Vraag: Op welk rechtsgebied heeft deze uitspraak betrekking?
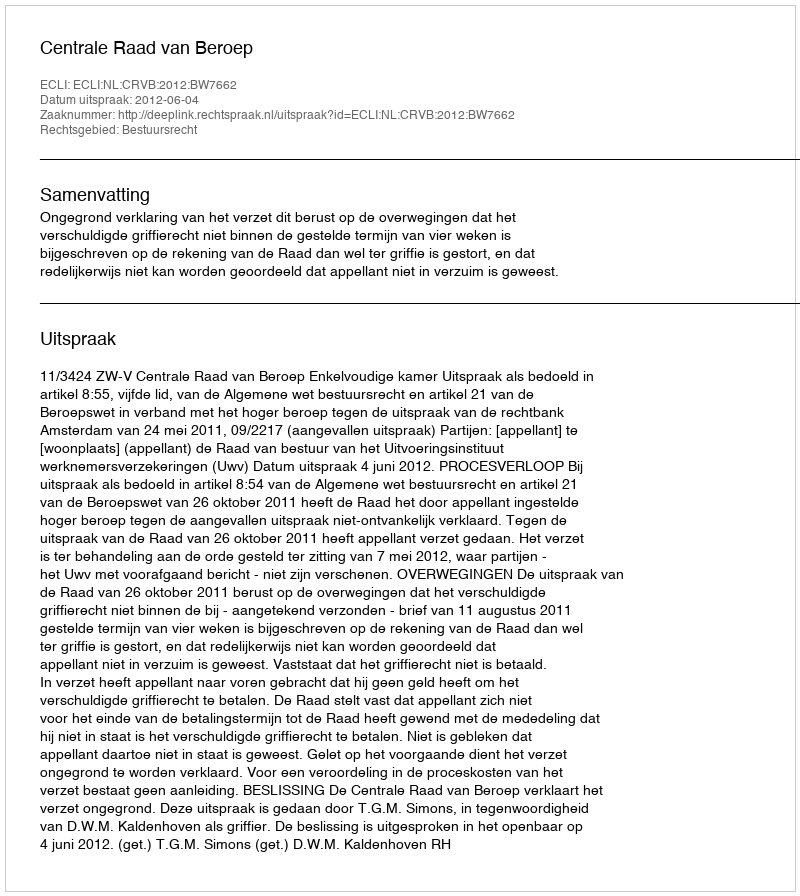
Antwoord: Bestuursrecht